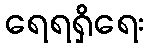
ရေရရှိရေး